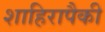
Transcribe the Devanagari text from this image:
शाहिरापैकी